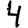
Digit: 4